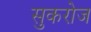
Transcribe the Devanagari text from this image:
सुकरोज